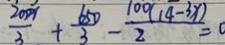
\frac { 2 0 0 9 } { 3 } + \frac { 6 5 0 } { 3 } - \frac { 1 0 0 ( 1 4 - 3 x ) } { 2 } = 0